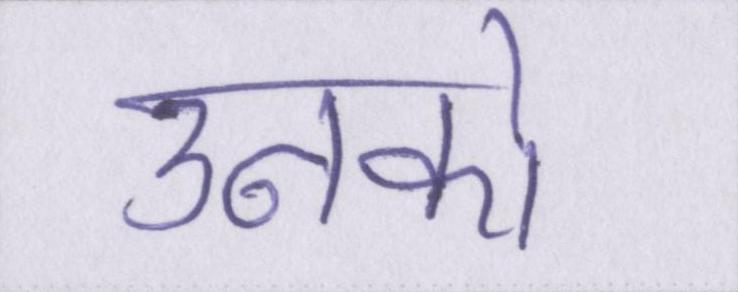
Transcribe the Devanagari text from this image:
उनको